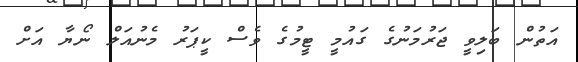
އަތުން ބަލިވީ ޖަރުމަނުގެ ގައުމީ ޓީމުގެ ވެސް ކީޕަރު މެނުއަލް ނޯޔާ އަށް